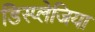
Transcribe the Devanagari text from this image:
डिस्प्लेजिया